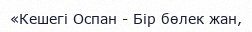
«Кешегі Оспан - Бір бөлек жан,